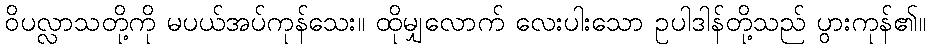
ဝိပလ္လာသတို့ကို မပယ်အပ်ကုန်သေး။ ထိုမျှလောက် လေးပါးသော ဥပါဒါန်တို့သည် ပွားကုန်၏။